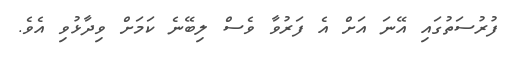
ފުރުސަތުގައި އޭނަ އަށް އެ ފަރުވާ ވެސް ލިބޭނެ ކަމަށް ވިދާޅުވި އެވެ.